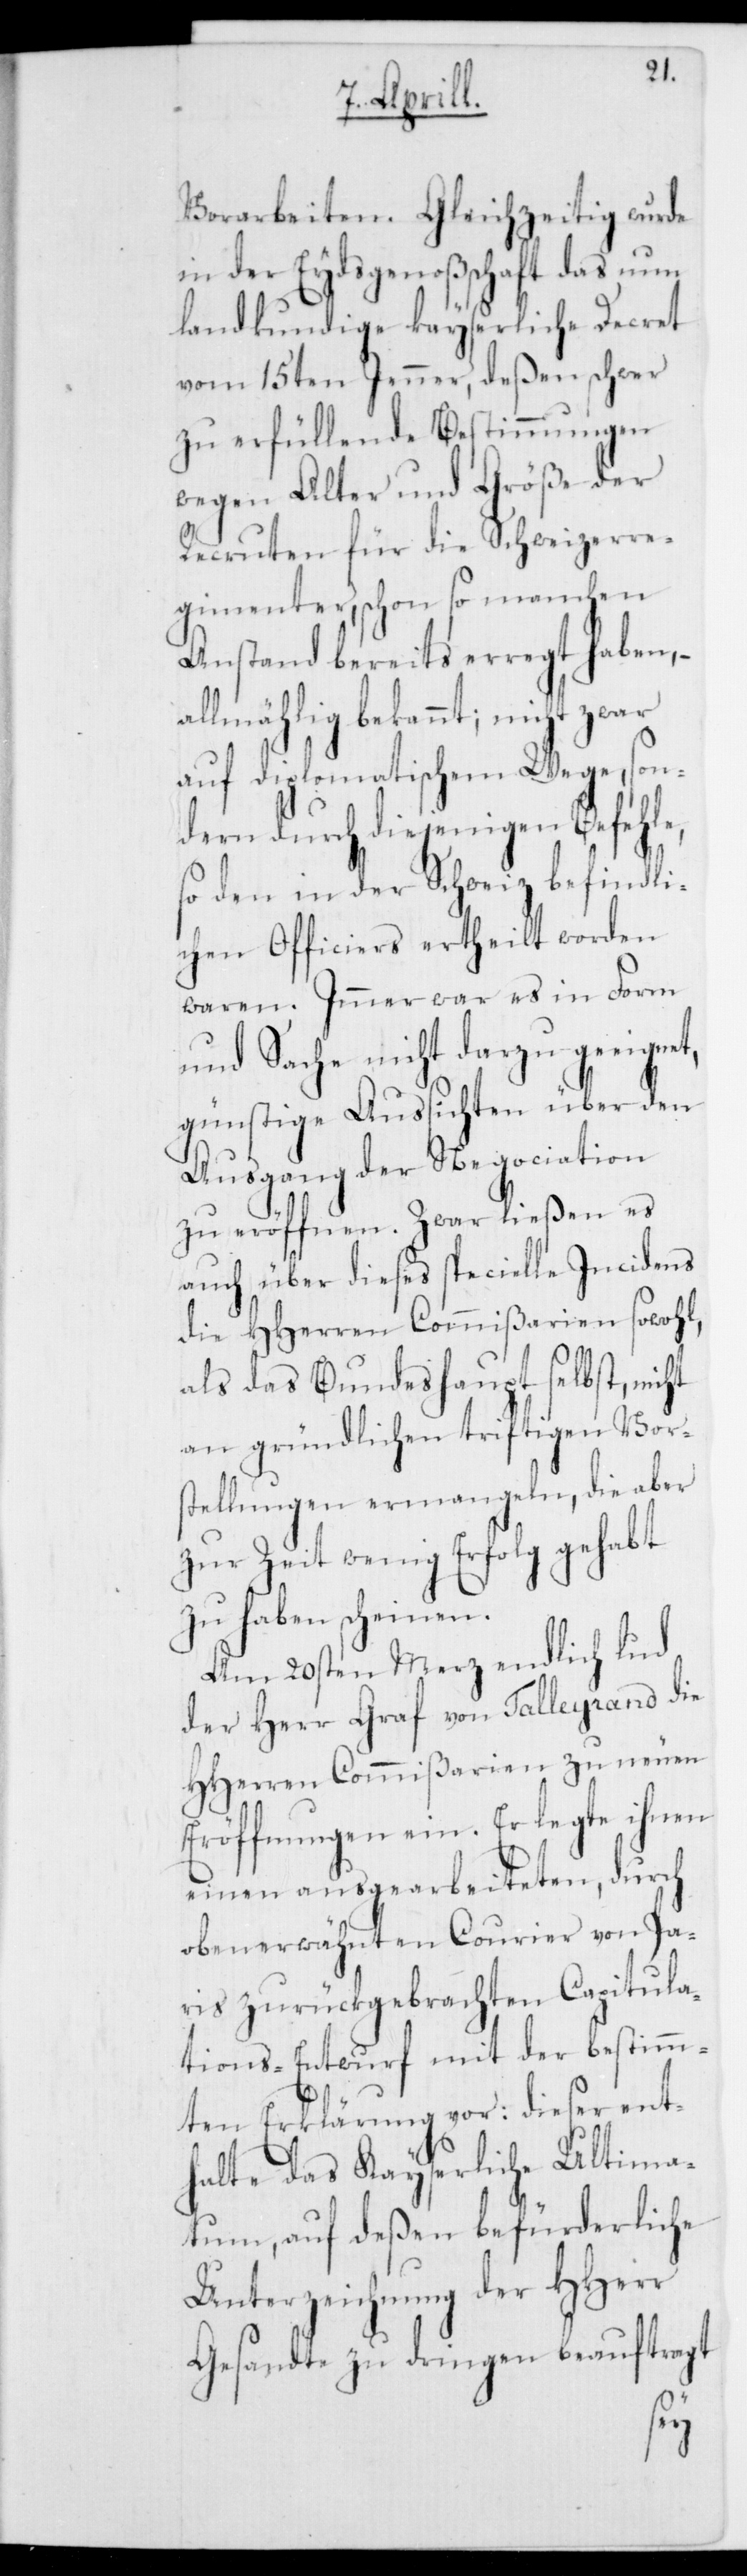
z befindl¬
Vorarbeiten. Gleichzeitig wurde
in der Eydsgenoßenschaft das nun
landkundige kayserliche Decret
vom 15ten Jenner, deßen schwer
zu erfüllende Bestimmungen
wegen Alter und Größe der
Recruten für die Schweizerre¬
gimenter, schon so manchen
Anstand bereits erregt haben, –
allmählig bekannt; nicht zw¬
auf diplomatischem
ndern durch diejen¬
so den in der Schwei¬
ichen Officiers erthe¬
waren. Immer war
ien
und Sache nicht darzu
den
günstige Aussicht¬
elle
Ausgang der Nego¬
en
zu eröffnen. Zwar ließen
cidens
auch über dieses speci¬
sowohl,
die HHerren Commißar¬
nicht
als das Bundeshaupt
Vor¬
an gründlichen triftig¬
stellungen ermangeln, die aber
zur Zeit wenig Erfolg gehabt
zu haben scheinen.
Am 20sten Merz endlich lud
der Herr Graf von Talleyrand die
HHerren Commißarien zu neuen
Eröffnungen ein. Er legte ihnen
einen ausgearbeiteten, durch
obenerwähnten Courier von Pa¬
ris zurückgebrachten Capitula¬
tions-Entwurf mit der bestimm¬
ten Erklärung vor: dieser ent¬
halte das Kayserliche Ultima¬
tum, auf deßen befürderliche
Unterzeichnung der HHerr
Gesandte zu dringen beauftragt
so¬